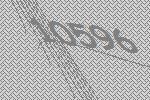
10596